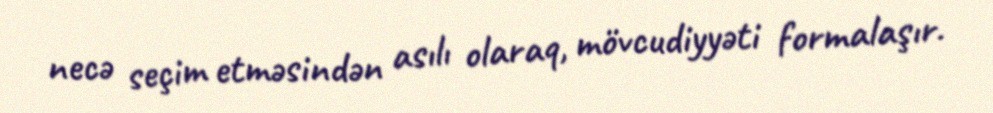
necə seçim etməsindən asılı olaraq, mövcudiyyəti formalaşır.